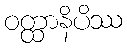
ဝတ္ထာနိပိဿ